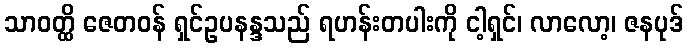
သာဝတ္ထိ ဇေတဝန် ရှင်ဥပနန္ဒသည် ရဟန်းတပါးကို ငါ့ရှင်၊ လာလော့၊ ဇနပုဒ်